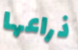
ذراعها